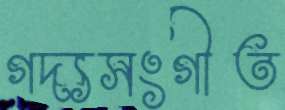
গদ্যসংগীত